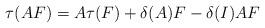
LaTeX: \begin{align*} \tau ( AF) = A \tau (F) + \delta (A) F - \delta (I) A F \end{align*}